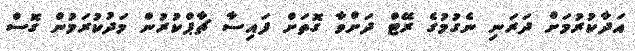
އަދާކުރުމަށް ދަރަނި ނެގުމުގެ ރޭޓް ދަށްވާ ގޮތަށް ފައިސާ ޗާޕްކުރުން މަދުކުރަމުން ގޮސް